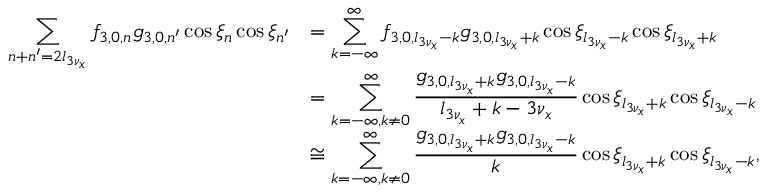
\begin{array} { c l } { \displaystyle \sum _ { n + n ^ { \prime } = 2 l _ { 3 \nu _ { x } } } { f _ { 3 , 0 , n } g _ { 3 , 0 , n ^ { \prime } } \cos { \xi _ { n } } \cos { \xi _ { n ^ { \prime } } } } } & { = \displaystyle \sum _ { k = - \infty } ^ { \infty } { f _ { 3 , 0 , l _ { 3 \nu _ { x } } - k } g _ { 3 , 0 , l _ { 3 \nu _ { x } } + k } \cos { \xi _ { l _ { 3 \nu _ { x } } - k } } \cos { \xi _ { l _ { 3 \nu _ { x } } + k } } } } \\ & { = \displaystyle \sum _ { k = - \infty , k \neq 0 } ^ { \infty } { \frac { g _ { 3 , 0 , l _ { 3 \nu _ { x } } + k } g _ { 3 , 0 , l _ { 3 \nu _ { x } } - k } } { l _ { 3 \nu _ { x } } + k - 3 \nu _ { x } } \cos { \xi _ { l _ { 3 \nu _ { x } } + k } } \cos { \xi _ { l _ { 3 \nu _ { x } } - k } } } } \\ & { \cong \displaystyle \sum _ { k = - \infty , k \neq 0 } ^ { \infty } { \frac { g _ { 3 , 0 , l _ { 3 \nu _ { x } } + k } g _ { 3 , 0 , l _ { 3 \nu _ { x } } - k } } { k } \cos { \xi _ { l _ { 3 \nu _ { x } } + k } } \cos { \xi _ { l _ { 3 \nu _ { x } } - k } } } , } \end{array}